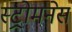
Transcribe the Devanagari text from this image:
स्ट्रोमनेस